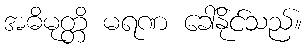
အဓိမုတ္တိ မရဏ ခေါ်နိုင်သည်။